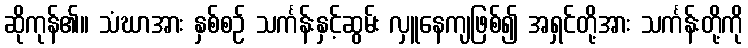
ဆိုကုန်၏။ သံဃာအား နှစ်စဉ် သင်္ကန်းနှင့်ဆွမ်း လှူနေကျဖြစ်၍ အရှင်တို့အား သင်္ကန်းတို့ကို